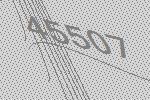
45507